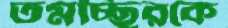
তমচ্ছিরকে